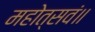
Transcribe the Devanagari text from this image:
महोत्सवं॥